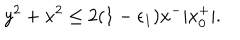
y ^ { 2 } + x ^ { 2 } \le 2 ( 1 - \epsilon _ { 1 } ) x ^ { - } | x _ { 0 } ^ { + } | .